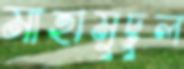
মাহামুদুল